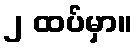
၂ ထပ်မှာ။